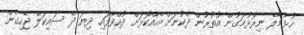
ހުޅުމާލޭ ނިރޮޅުމަގުން އުތުރުން ދެކުނަށް އެއްކޮޅަށް ދުއްވާފައި ދިޔަ ދެ ސައިކަލް ޖެހިގެން